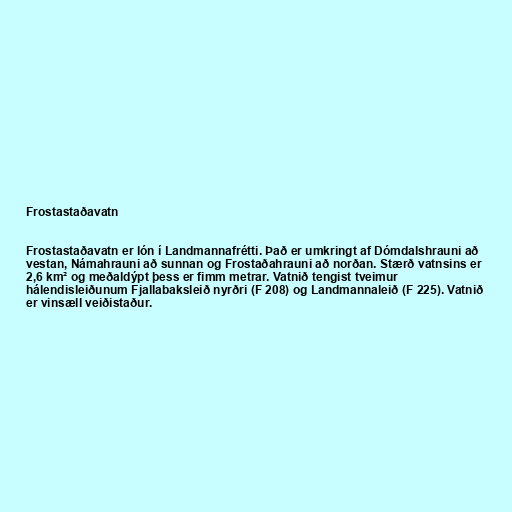
Frostastaðavatn

Frostastaðavatn er lón í Landmannafrétti. Það er umkringt af Dómdalshrauni að
vestan, Námahrauni að sunnan og Frostaðahrauni að norðan. Stærð vatnsins er
2,6 km² og meðaldýpt þess er fimm metrar. Vatnið tengist tveimur
hálendisleiðunum Fjallabaksleið nyrðri (F 208) og Landmannaleið (F 225). Vatnið
er vinsæll veiðistaður.